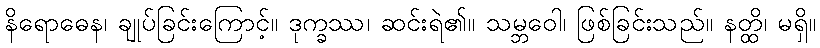
နိရောဓေန၊ ချုပ်ခြင်းကြောင့်။ ဒုက္ခဿ၊ ဆင်းရဲ၏။ သမ္ဘဝေါ၊ ဖြစ်ခြင်းသည်။ နတ္ထိ၊ မရှိ။